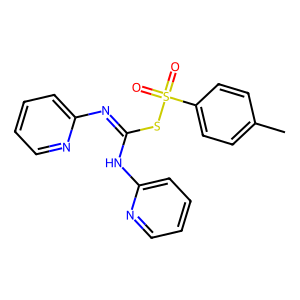
SMILES: Cc1ccc(S(=O)(=O)SC(=Nc2ccccn2)Nc2ccccn2)cc1
Inhibits HIV replication: No